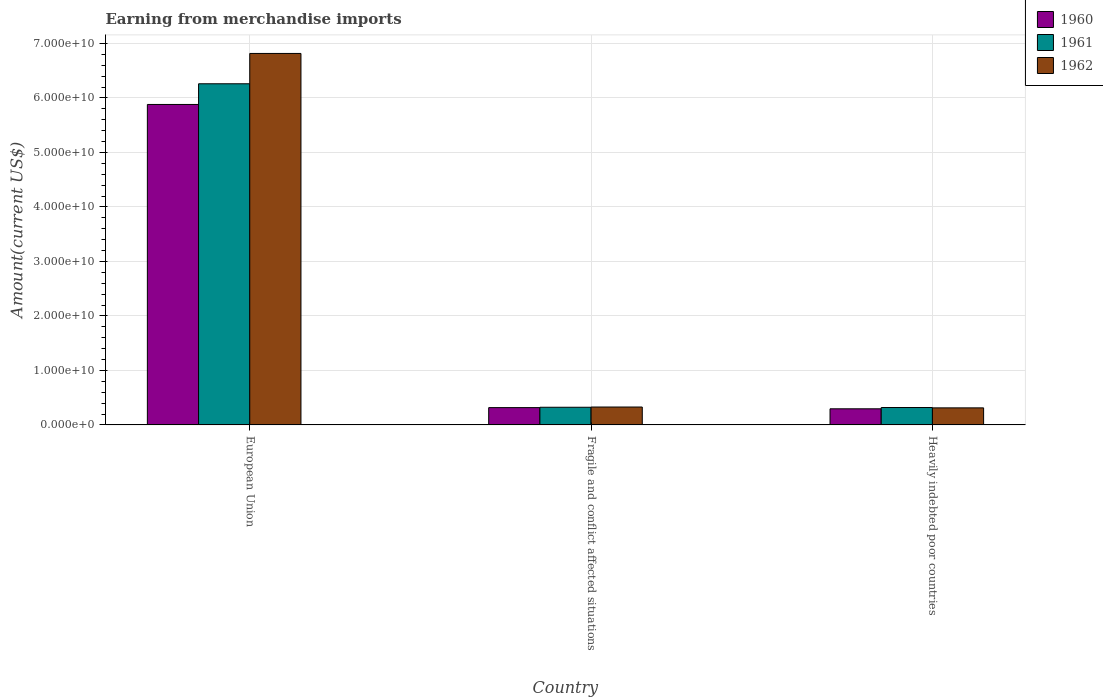
| Country | 1960 | 1961 | 1962 |
 | --- | --- | --- | --- |
 | European Union | 5.88e+10 | 6.26e+10 | 6.82e+10 |
 | Fragile and conflict affected situations | 3.17e+09 | 3.24e+09 | 3.28e+09 |
 | Heavily indebted poor countries | 2.96e+09 | 3.19e+09 | 3.13e+09 |